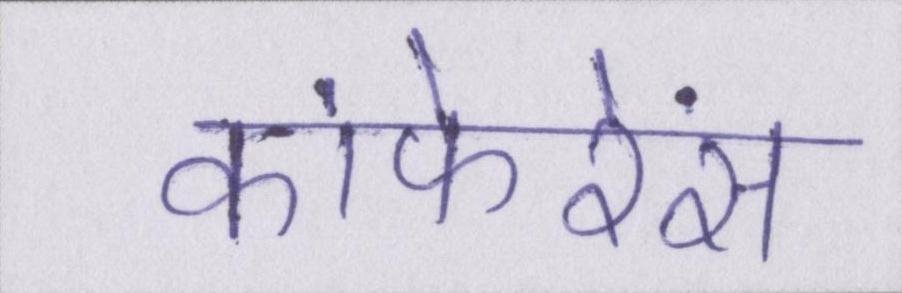
कांफेरेंस